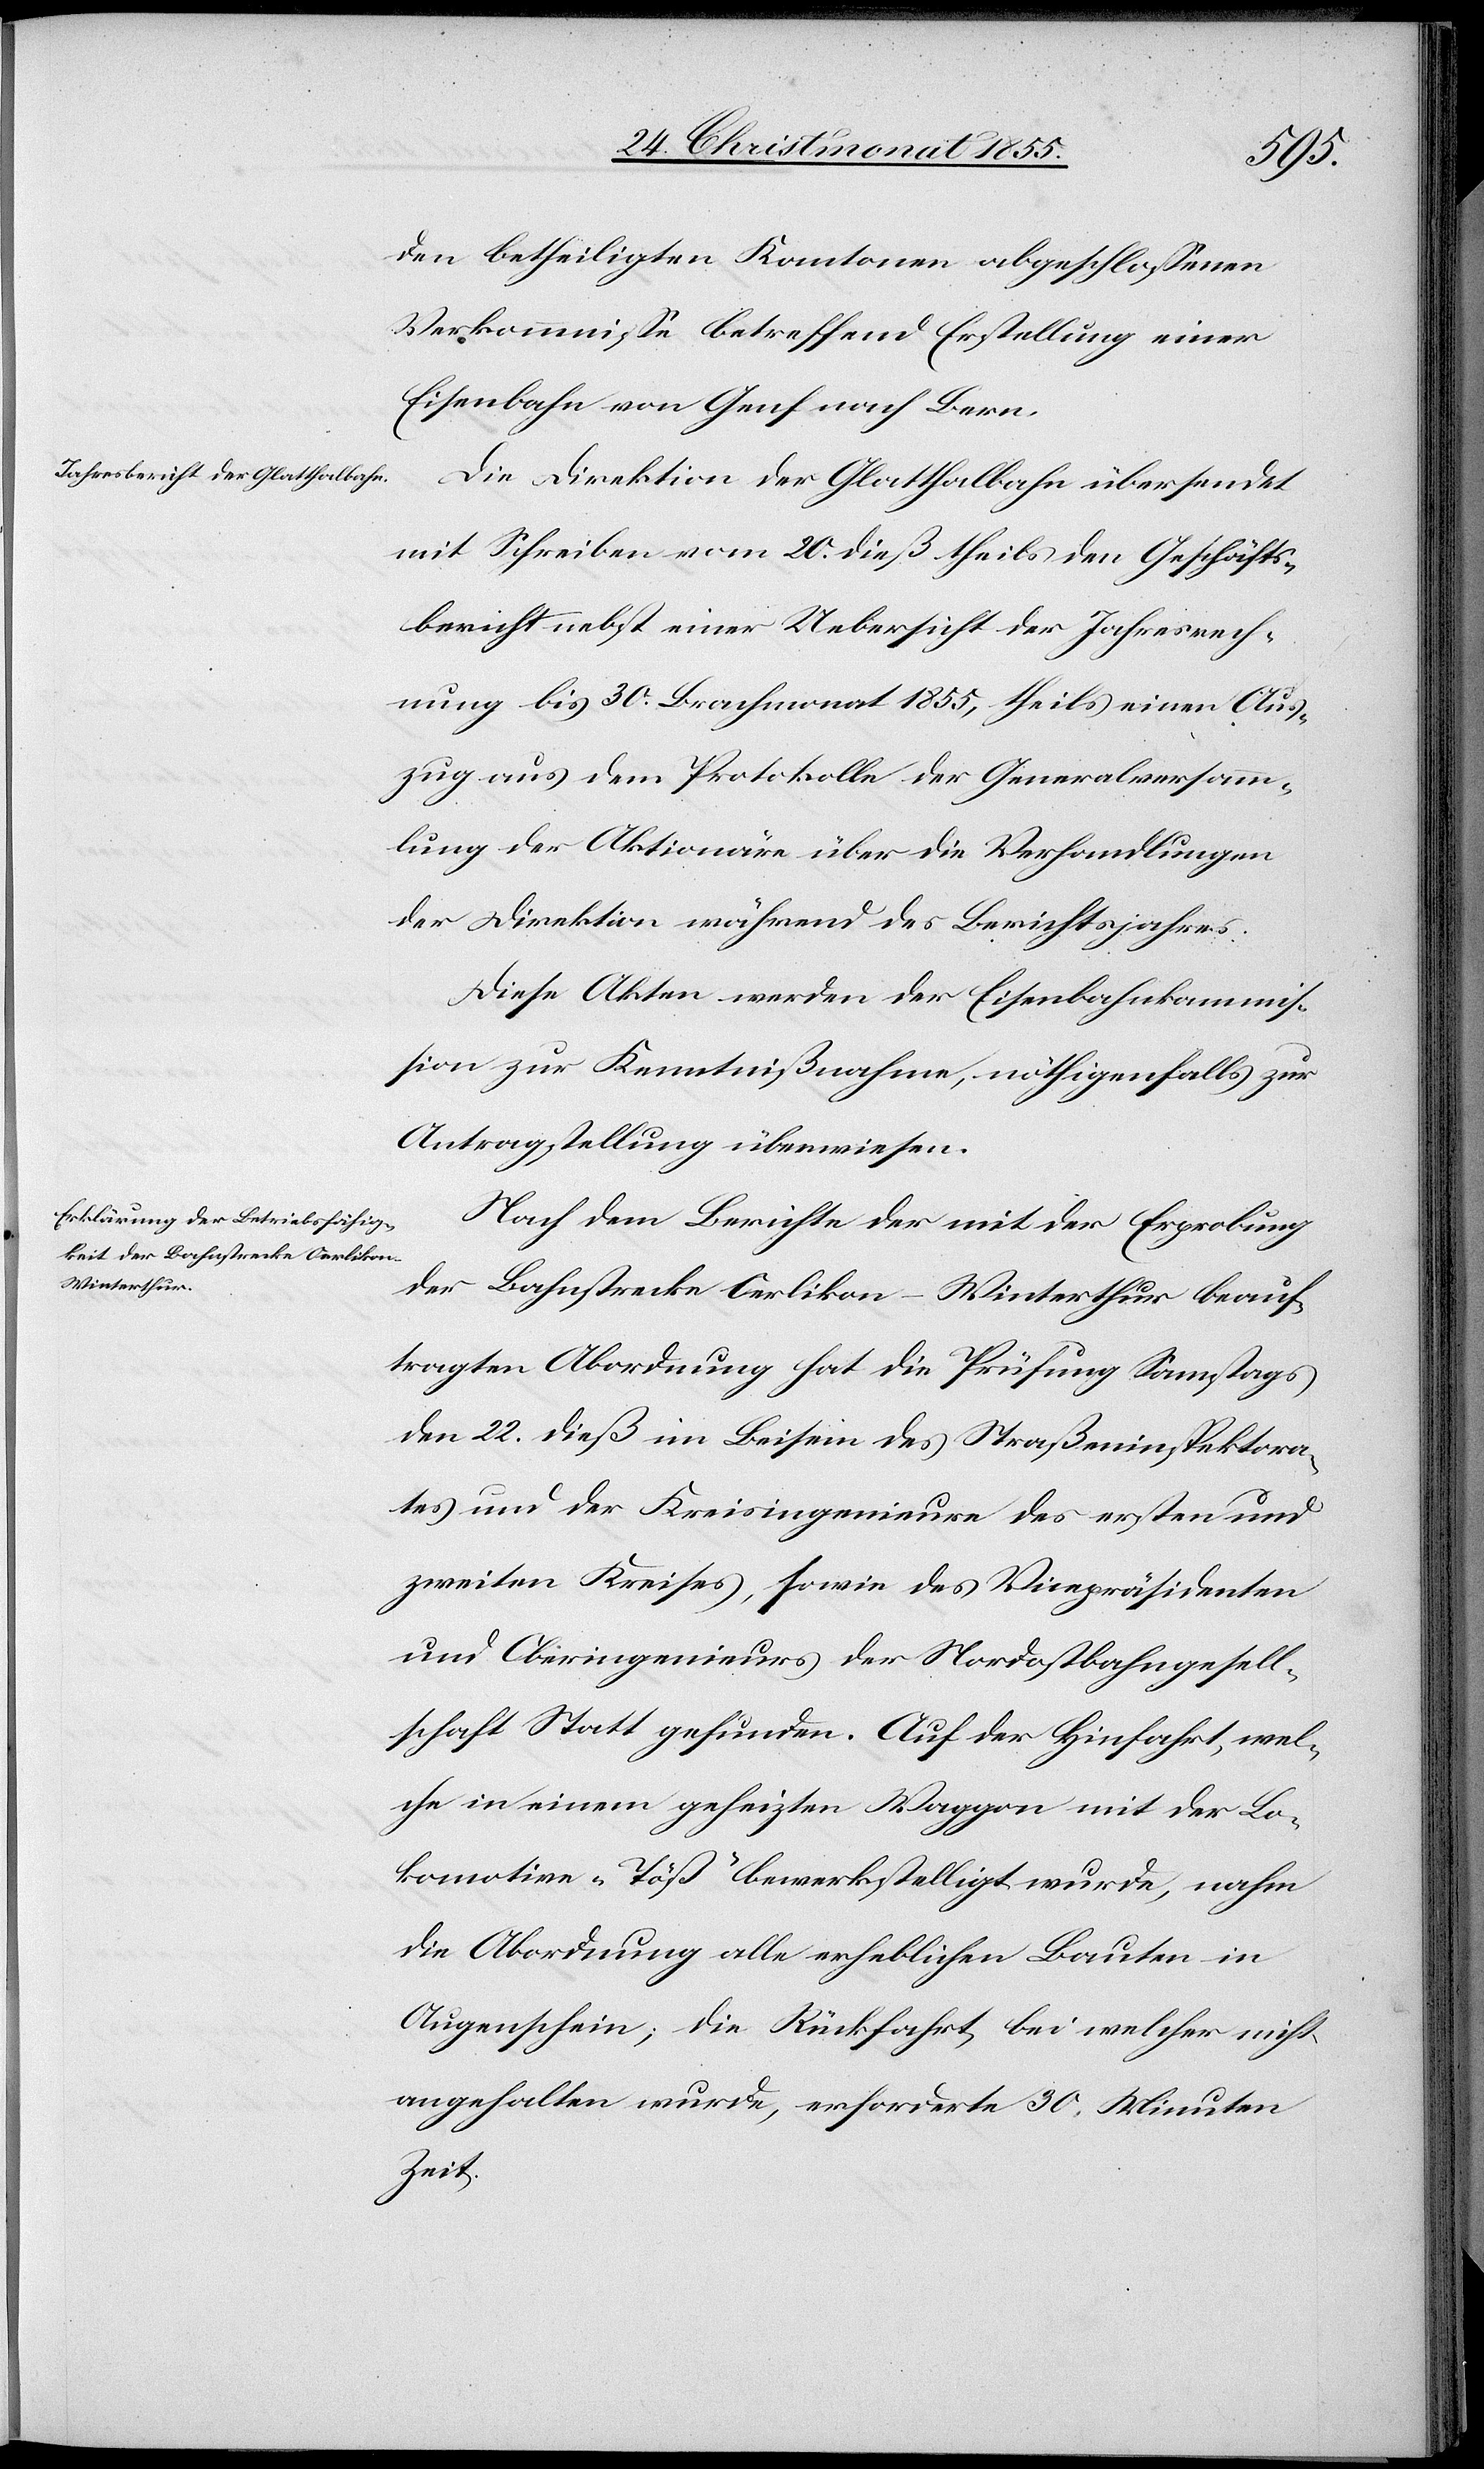
den betheiligten Kantonen abgeschlossenen
Verkommnisse betreffend Erstellung einer
Eisenbahn von Genf nach Bern.
Die Direktion der Glatthalbahn übersendet
mit Schreiben vom 20. dieß theils den Geschäfts¬
bericht nebst einer Uebersicht der Jahresrech¬
nung bis 30. Brachmonat 1855, theils einen Aus¬
zug aus dem Protokolle der Generalversamm¬
lung der Aktionäre über die Verhandlungen
der Direktion während des Berichtsjahres.
Diese Akten werden der Eisenbahnkommis¬
sion zur Kenntnißnahme, nöthigenfalls zur
Antragstellung überwiesen.
Nach dem Berichte der mit der Erprobung
der Bahnstrecke Oerlikon–Winterthur beauf¬
tragten Abordnung hat die Prüfung Samstags
den 22. dieß im Beisein des Straßeninspektora¬
tes und der Kreisingenieure des ersten und
zweiten Kreises, sowie des Vicepräsidenten
und Oberingenieurs der Nordostbahngesell¬
schaft Statt gefunden. Auf der Hinfahrt, wel¬
che in einem geheizten Waggon mit der Lo¬
komotive „Töß“ bewerkstelligt wurde, nahm
die Abordnung alle erheblichen Bauten in
Augenschein; die Rückfahrt, bei welcher nicht
angehalten wurde, erforderte 30 Minuten
Zeit.